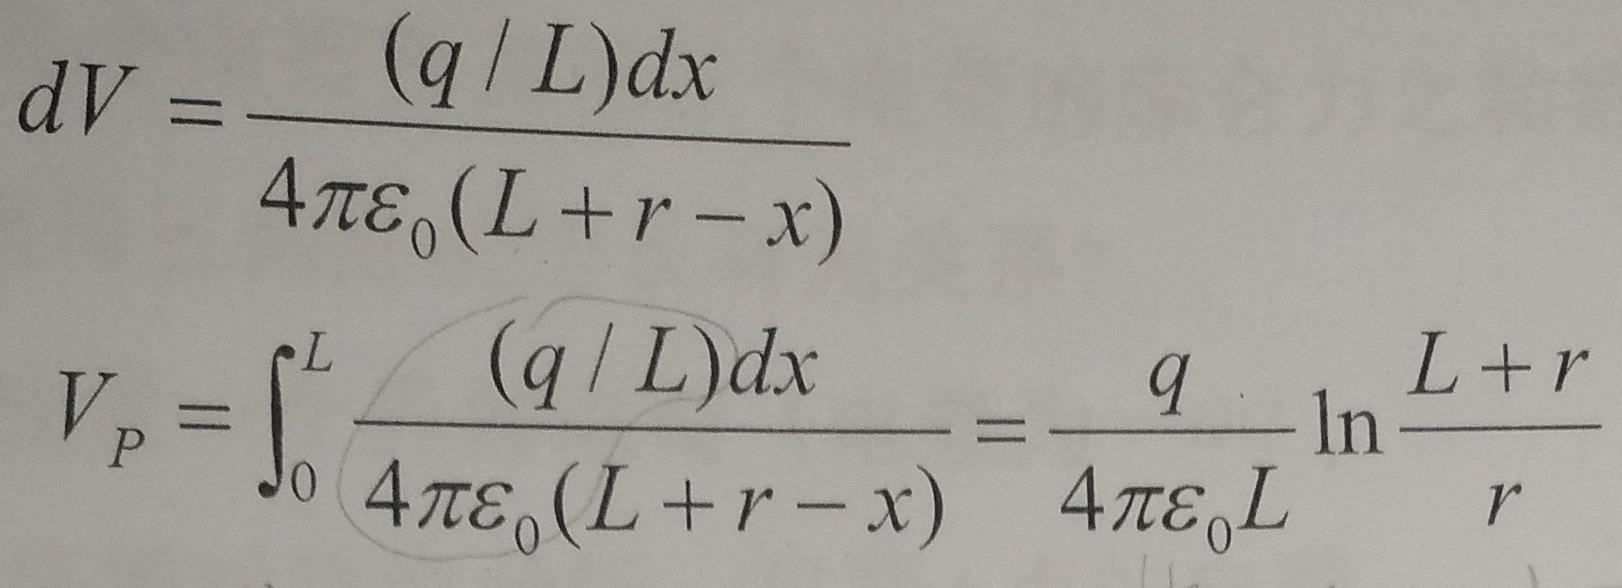
\[
dV = \frac{(q/L)dx}{4\pi\varepsilon_0(L + r - x)}
\]
\[
V_P = \int_{0}^{L} \frac{(q/L)dx}{4\pi\varepsilon_0(L + r - x)} = \frac{q}{4\pi\varepsilon_0L} \ln \frac{L + r}{r}
\]